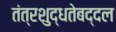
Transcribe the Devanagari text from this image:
तंत्रशुद्धतेबद्दल